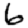
Digit: 6